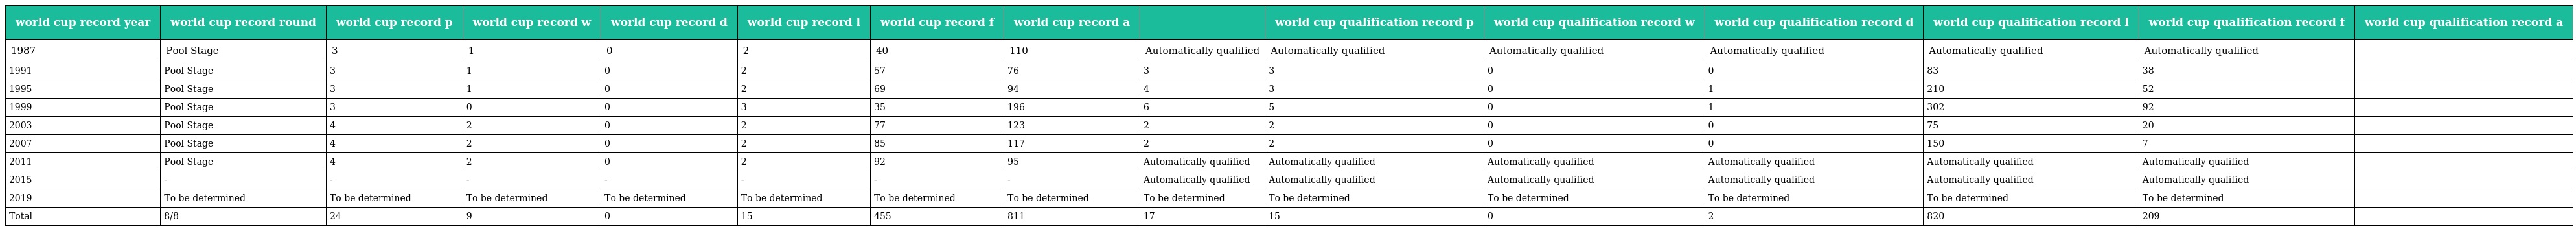
| world cup record year | world cup record round | world cup record p | world cup record w | world cup record d | world cup record l | world cup record f | world cup record a |  | world cup qualification record p | world cup qualification record w | world cup qualification record d | world cup qualification record l | world cup qualification record f | world cup qualification record a |
 | --- | --- | --- | --- | --- | --- | --- | --- | --- | --- | --- | --- | --- | --- | --- |
 | 1987 | Pool Stage | 3 | 1 | 0 | 2 | 40 | 110 | Automatically qualified | Automatically qualified | Automatically qualified | Automatically qualified | Automatically qualified | Automatically qualified |  |
 | 1991 | Pool Stage | 3 | 1 | 0 | 2 | 57 | 76 | 3 | 3 | 0 | 0 | 83 | 38 |  |
 | 1995 | Pool Stage | 3 | 1 | 0 | 2 | 69 | 94 | 4 | 3 | 0 | 1 | 210 | 52 |  |
 | 1999 | Pool Stage | 3 | 0 | 0 | 3 | 35 | 196 | 6 | 5 | 0 | 1 | 302 | 92 |  |
 | 2003 | Pool Stage | 4 | 2 | 0 | 2 | 77 | 123 | 2 | 2 | 0 | 0 | 75 | 20 |  |
 | 2007 | Pool Stage | 4 | 2 | 0 | 2 | 85 | 117 | 2 | 2 | 0 | 0 | 150 | 7 |  |
 | 2011 | Pool Stage | 4 | 2 | 0 | 2 | 92 | 95 | Automatically qualified | Automatically qualified | Automatically qualified | Automatically qualified | Automatically qualified | Automatically qualified |  |
 | 2015 | - | - | - | - | - | - | - | Automatically qualified | Automatically qualified | Automatically qualified | Automatically qualified | Automatically qualified | Automatically qualified |  |
 | 2019 | To be determined | To be determined | To be determined | To be determined | To be determined | To be determined | To be determined | To be determined | To be determined | To be determined | To be determined | To be determined | To be determined |  |
 | Total | 8/8 | 24 | 9 | 0 | 15 | 455 | 811 | 17 | 15 | 0 | 2 | 820 | 209 |  |